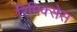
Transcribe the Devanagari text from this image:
रिमिक्सेस